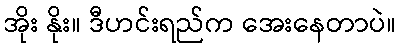
အိုး နိုး။ ဒီဟင်းရည်က အေးနေတာပဲ။